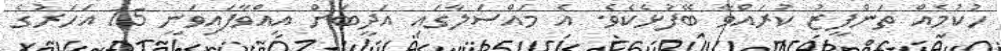
ހުކުމެއް ތަންފީޒު ކުރައްވާ ބޭފުޅެކެވެ. އެ މައްސަލާގައި އަދީބަށް އިއްވާފައިވަނީ 15 އަހަރުގެ